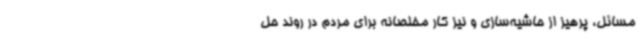
مسائل، پرهیز از حاشیه‌سازی و نیز کار مخلصانه برای مردم در روند حل